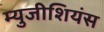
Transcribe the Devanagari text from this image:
म्युजीशियंस